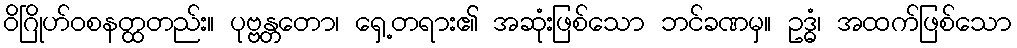
ဝိဂြိုဟ်ဝစနတ္ထတည်း။ ပုဗ္ဗန္တတော၊ ရှေ့တရား၏ အဆုံးဖြစ်သော ဘင်ခဏမှ။ ဥဒ္ဓံ၊ အထက်ဖြစ်သော